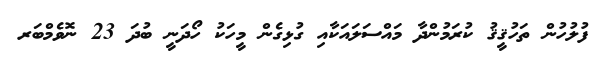
ފުލުހުން ތަހުޤީޤު ކުރަމުންދާ މައްސަލައަކާއި ގުޅިގެން މީހަކު ހޯދަނީ ބުދަ 23 ނޮވެމްބަރ